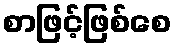
စာဖြင့်ဖြစ်စေ